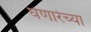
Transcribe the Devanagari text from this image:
घेणारेच्या